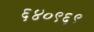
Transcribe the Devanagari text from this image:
६४०९६९